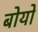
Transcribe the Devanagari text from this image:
बोयों